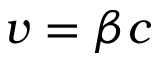
v = \beta c